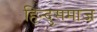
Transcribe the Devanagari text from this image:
हिन्दुसमाज